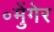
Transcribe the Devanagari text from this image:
॰मुेंगेर